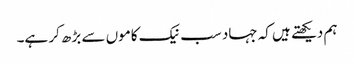
ہم دیکھتے ہیں کہ جہاد سب نیک کاموں سے بڑھ کر ہے۔